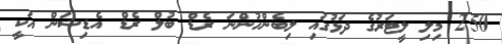
250 މިލި ލީޓަރުގެ ދަޅުގައި ލިބެންހުންނަ ރެޑް ބުލް ރެޑް އެޑިޝަން އަކީ